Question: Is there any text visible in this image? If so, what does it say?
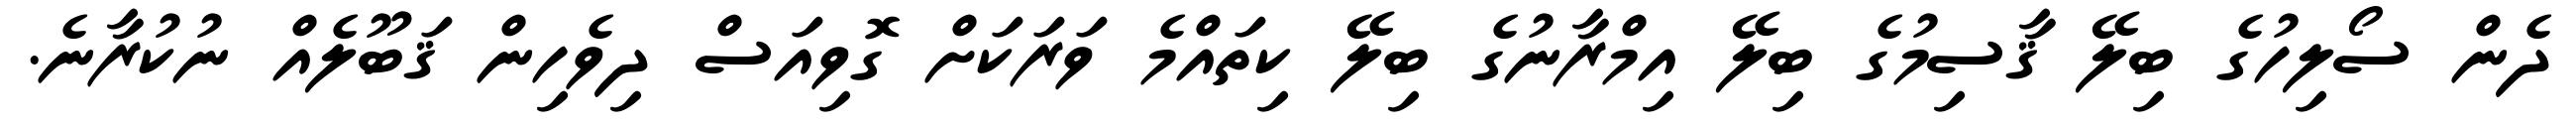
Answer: ދެން ސޯލިހުގެ ބިލޭ ޤާސިމުގެ ބިލޭ އިމްރާނުގެ ބިލޭ ކިތައްމެ ވަރަކަށް ގޮވިއަސް ދިވެހިން ޤަބޫލެއް ނުކުރާނެ.